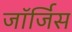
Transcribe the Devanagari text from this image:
जॉर्जिस